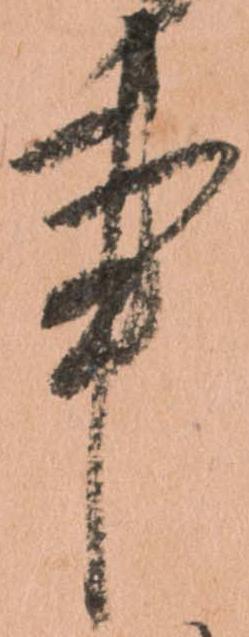
事